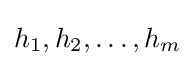
h_{1},h_{2},\dots ,h_{m}